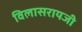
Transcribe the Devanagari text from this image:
विलासरायजी